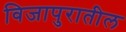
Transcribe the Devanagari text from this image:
विजापुरातील